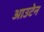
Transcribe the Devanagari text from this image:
आउटेन